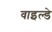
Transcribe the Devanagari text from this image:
वाइल्डे